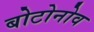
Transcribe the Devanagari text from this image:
बोटोनोव